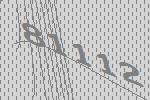
81112